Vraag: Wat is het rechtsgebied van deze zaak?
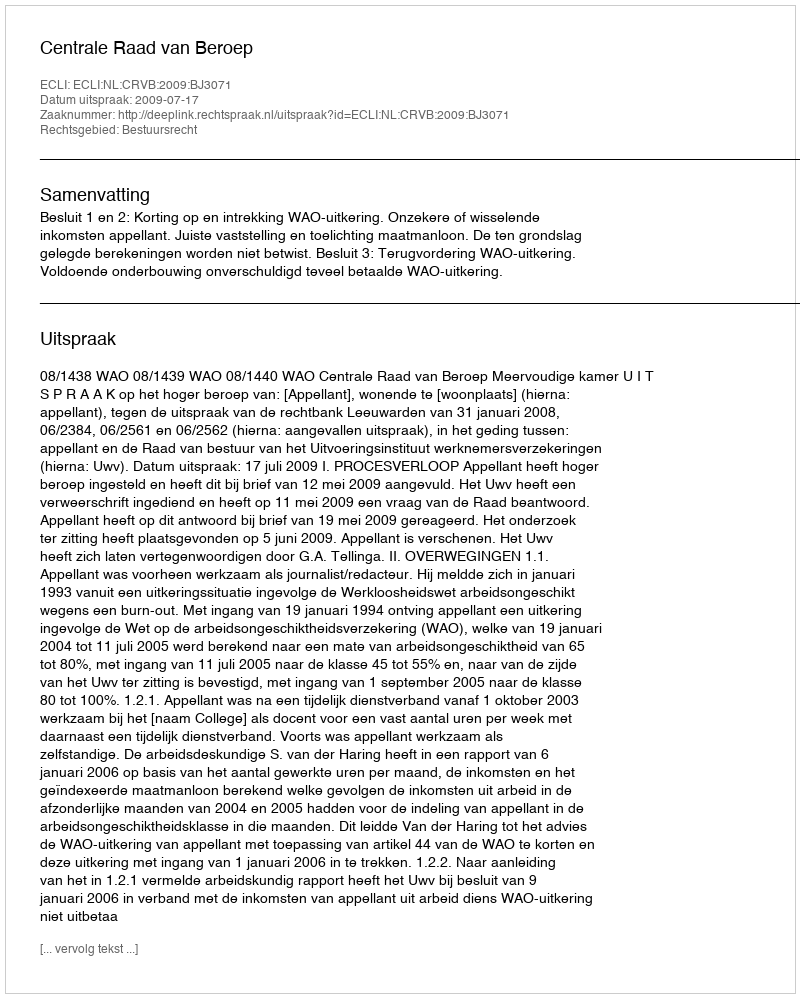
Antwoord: Bestuursrecht